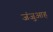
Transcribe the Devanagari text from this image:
जंजुआह